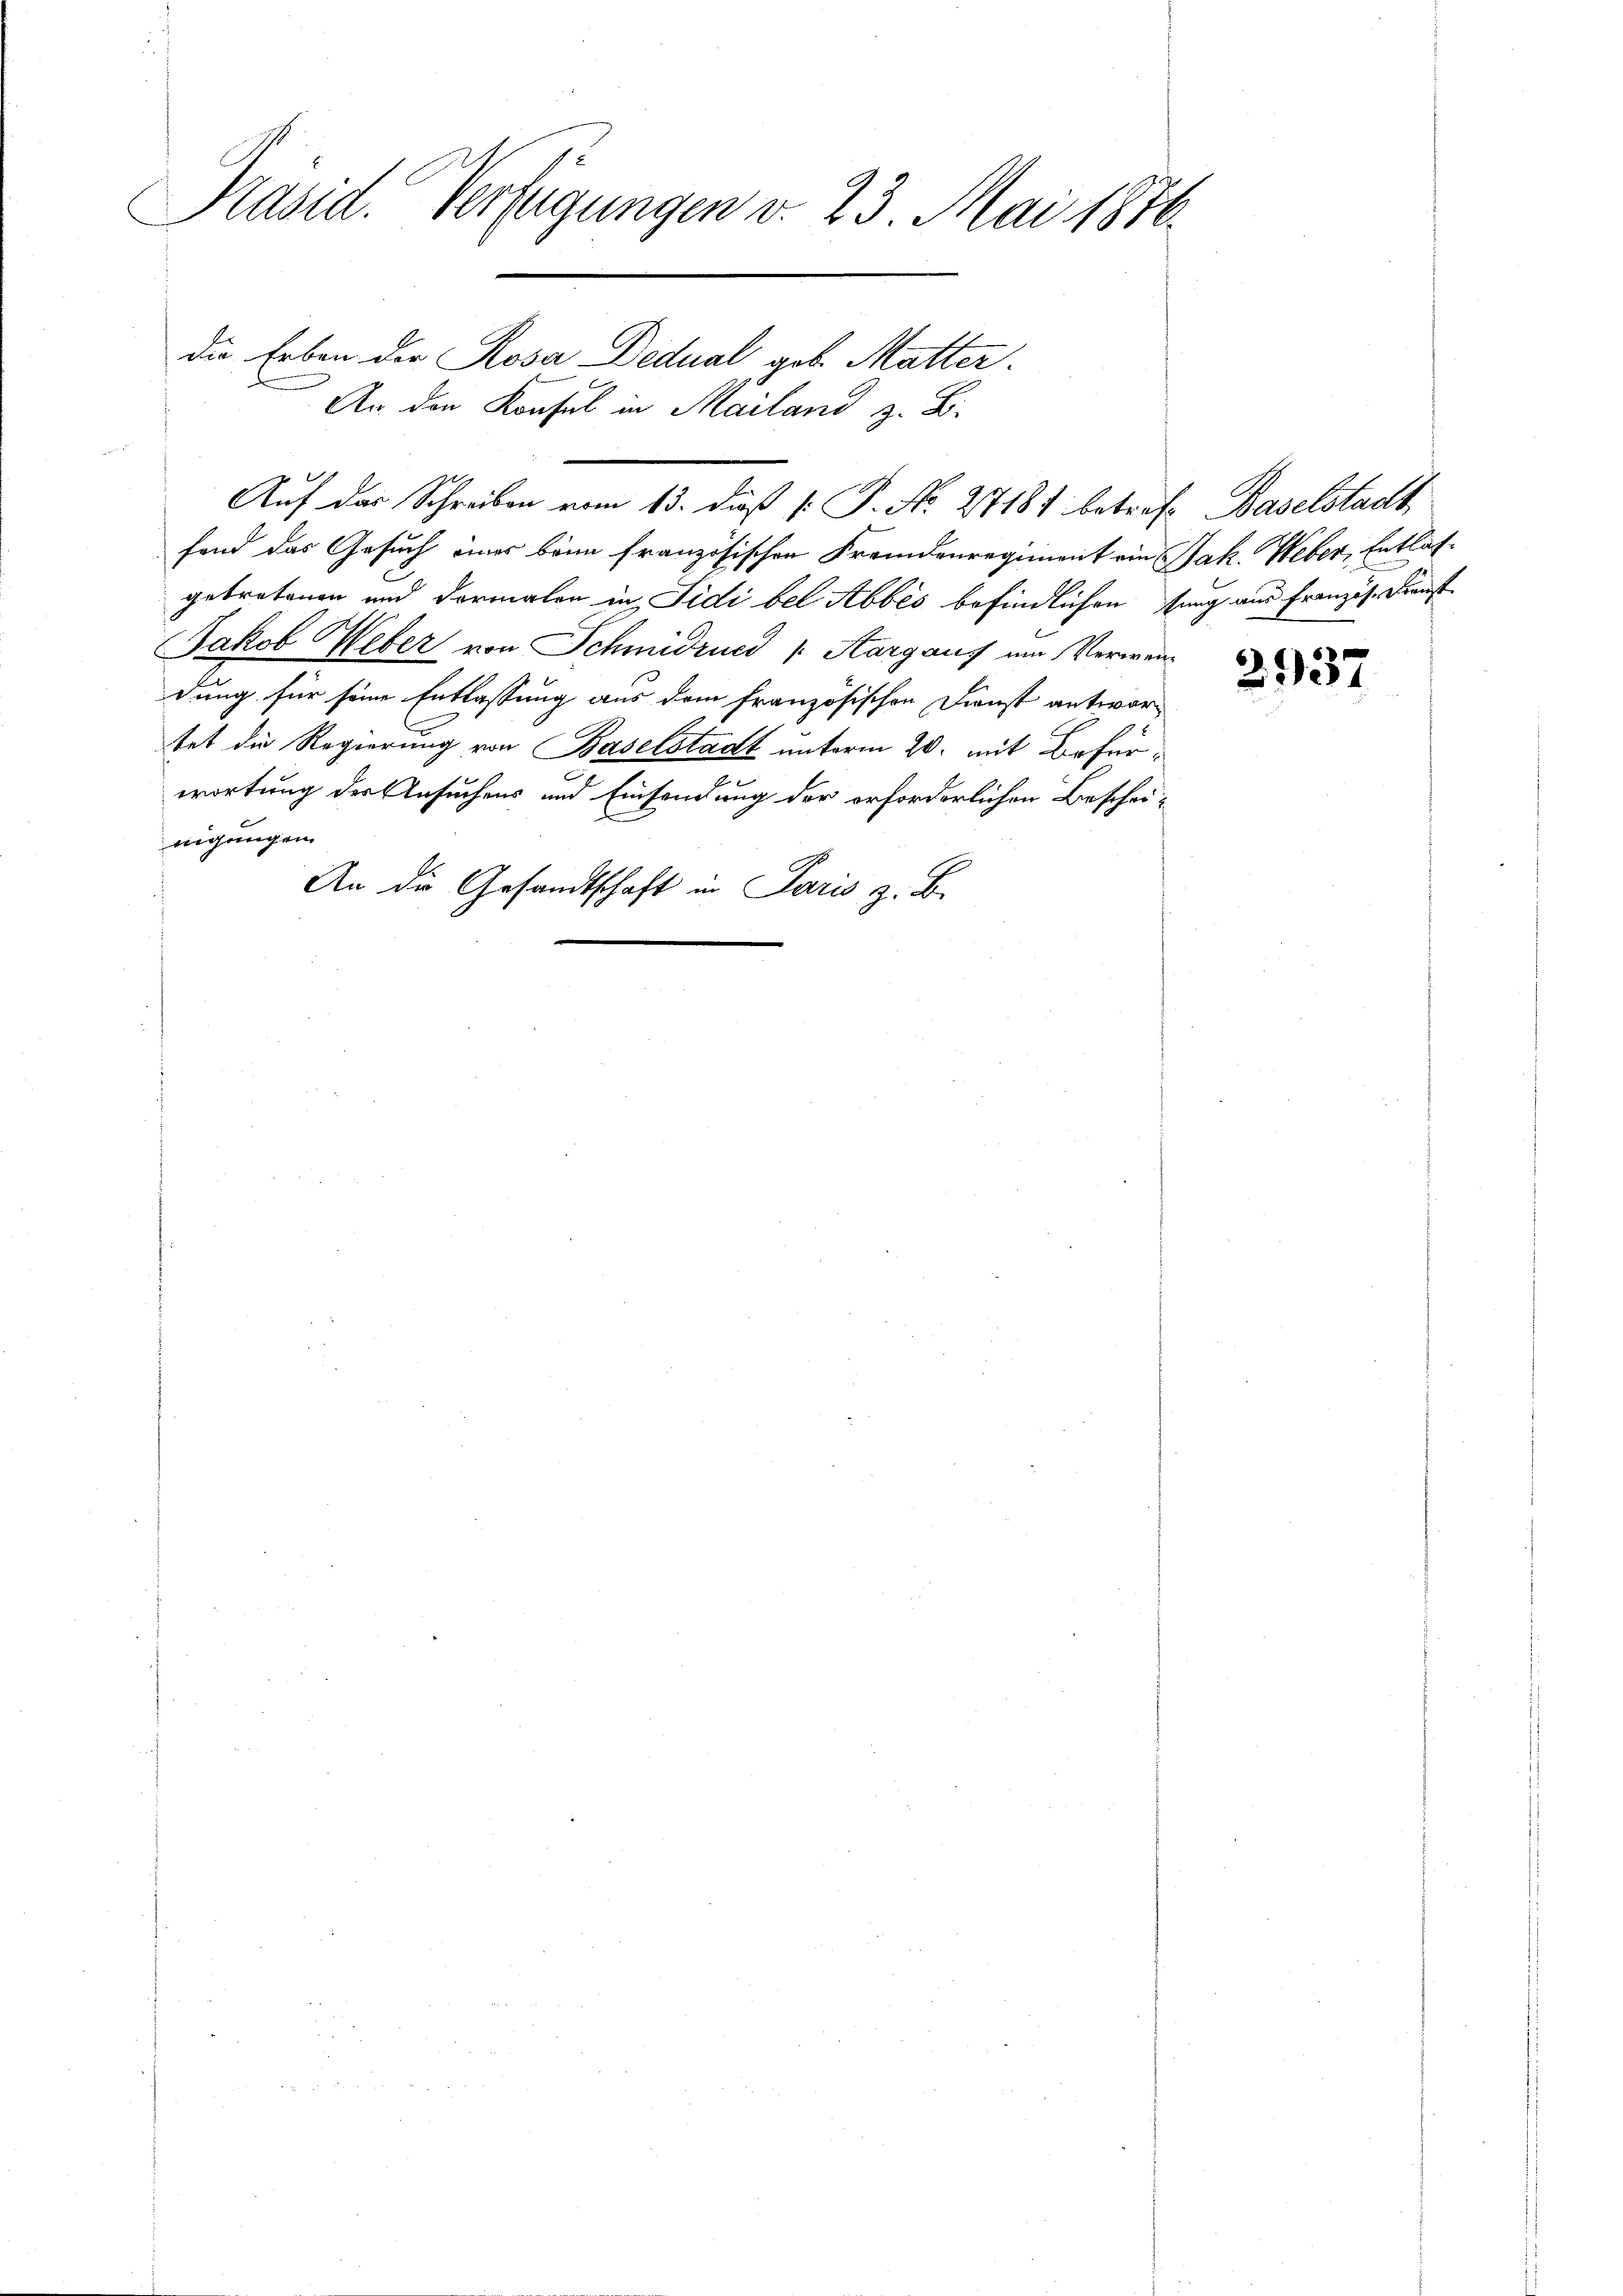
Präsid. Verfügungen v. 23. Mai 1876.

die Erben der Rosa Dedual geb. Mutter.
An den Konsul in Mailand z. B.
fand das Gesuch eines beim französischen Fremdenregiment ein Jak. Weber, Entlasgebratenen und dermalen in Fidi bei Abbes befindlichen sung aus Französ. Dienst
Jakob Weber von Schmidrued /: Aargaus um Verweidung für seine Entlassung aus dem französischen Dienst antwortet die Regierung von Baselstadt unterm 20. mit Befür¬
u
wortung der Ansuchens und Einsendung der erforderlichen Bescheinigungen
An die Gesandtschaft in Paris z. B.

Auf das Schreiben vom 13. diβ (: P. No. 27181 betref Baselstadt

2937